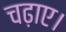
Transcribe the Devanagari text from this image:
चढ़ाए।